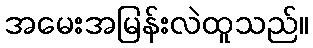
အမေးအမြန်းလဲထူသည်။